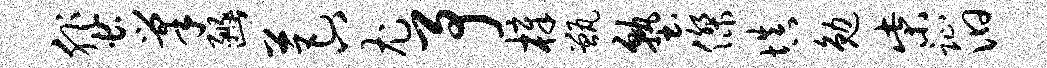
蜚巢豳芭八尤予樟甑塾杰填勉柴趾汩